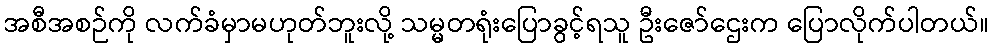
အစီအစဉ်ကို လက်ခံမှာမဟုတ်ဘူးလို့ သမ္မတရုံးပြောခွင့်ရသူ ဦးဇော်ဌေးက ပြောလိုက်ပါတယ်။